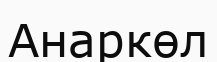
Анаркөл